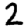
Digit: 2